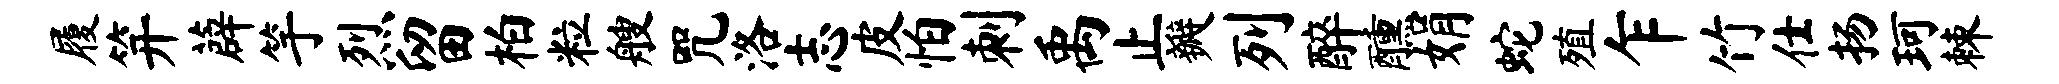
履笄薜竽烈留柏粒艘咒洛志皮怕刺禹止瓣列醉醺娟蛇殖乍竹仕扬珂棘